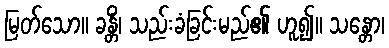
မြတ်သော။ ခန္တိံ၊ သည်းခံခြင်းမည်၏ ဟူ၍။ သန္တော၊